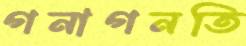
গনাগনতি